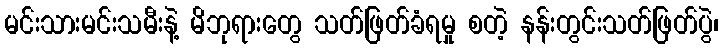
မင်းသားမင်းသမီးနဲ့ မိဘုရားတွေ သတ်ဖြတ်ခံရမှု စတဲ့ နန်းတွင်းသတ်ဖြတ်ပွဲ၊